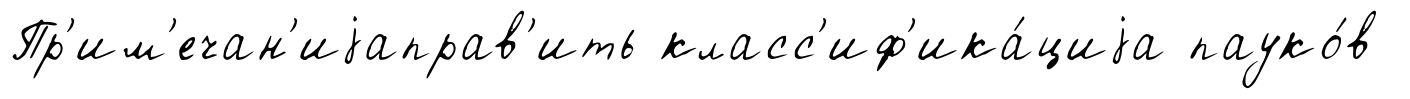
Пр'им'ечан'иjаправ'ить класс'иф'ика́циjа пауко́в